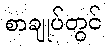
စာချုပ်တွင်